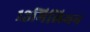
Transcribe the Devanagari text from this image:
१३मिलियन